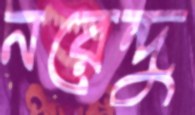
নরেন্দু